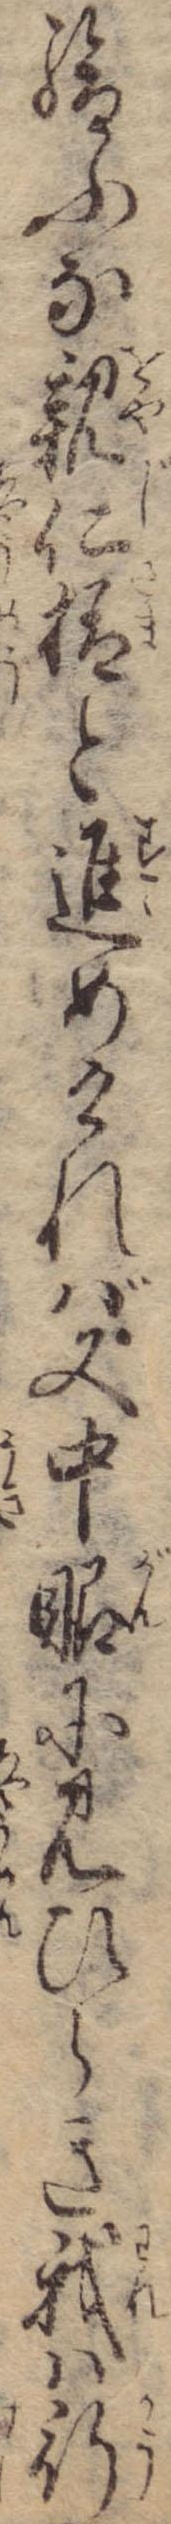
給ふな親仁様と進めければ又中眼に見ひらき我は行